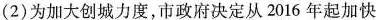
(2)为加大创城力度，市政府决定从2016年起加快